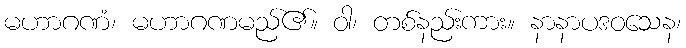
မဟာဂဏံ၊ မဟာဂဏမည်၏။ ဝါ၊ တစ်နည်းကား။ နာနာပဒဝသေန၊